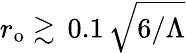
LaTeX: r_{\mathrm{{o}}}\gtrsim\, 0.1\, \sqrt{6/\Lambda}